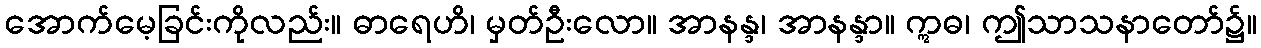
အောက်မေ့ခြင်းကိုလည်း။ ဓာရေဟိ၊ မှတ်ဦးလော။ အာနန္ဒ၊ အာနန္ဒာ။ ဣဓ၊ ဤသာသနာတော်၌။